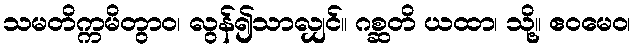
သမတိက္ကမိတွာဝ၊ လွန်၍သာလျှင်။ ဂစ္ဆတိ ယထာ၊ သို့။ ဧဝမေဝ၊